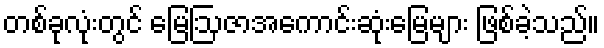
တစ်ခုလုံးတွင် မြေဩဇာအကောင်းဆုံးမြေများ ဖြစ်ခဲ့သည်။